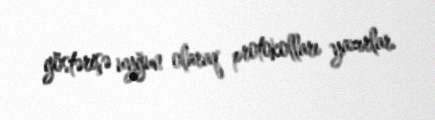
göstərişə uyğun olaraq protokolları yazırlar.